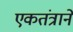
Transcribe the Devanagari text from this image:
एकतंत्राने